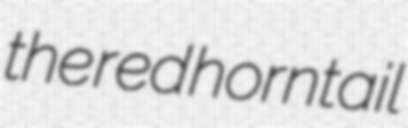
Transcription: the red horntail